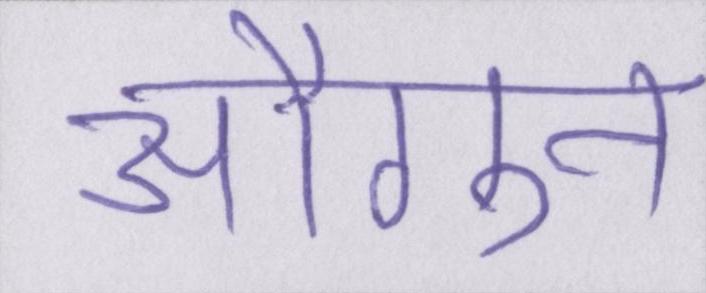
औगुन